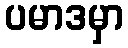
ပမာဒမှာ